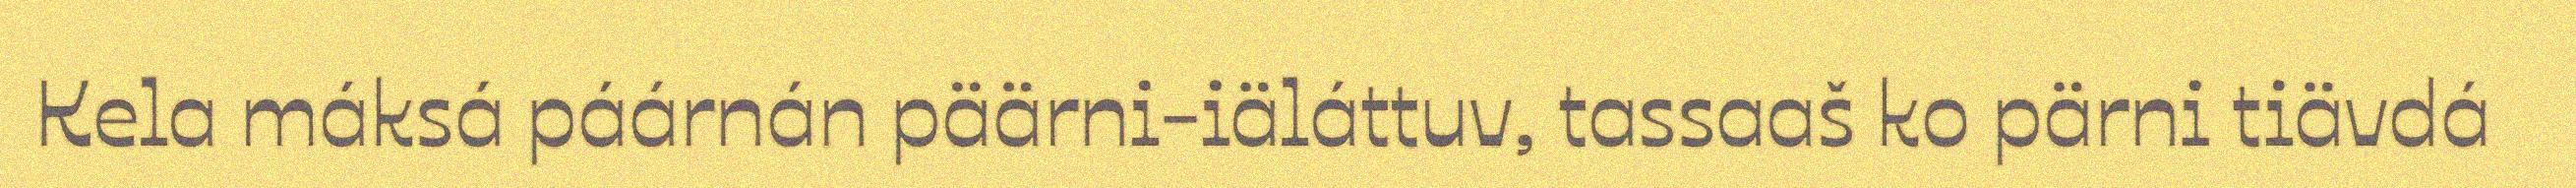
Kela máksá páárnán päärni-iäláttuv, tassaaš ko pärni tiävdá